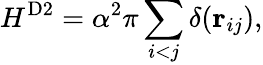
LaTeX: H^{\mathrm{D2}}=\alpha^{2}\pi\sum_{i<j}\delta(\mathbf{r}_{ij}),